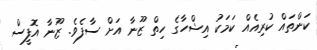
ކަންތައް ކުރިއެއް ކަމަކު އިޝްހާގެ ހިތް ޒޫނާ އަށް ސާފެވެ. ޒޫނާ އޮފީސް